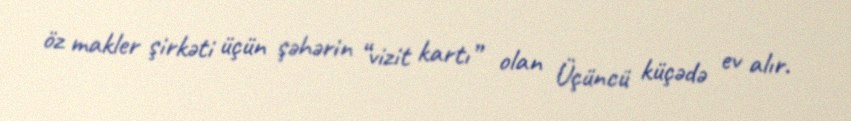
öz makler şirkəti üçün şəhərin “vizit kartı” olan Üçüncü küçədə ev alır.